Report of the King Institute of Preventive Medicine, Guindy
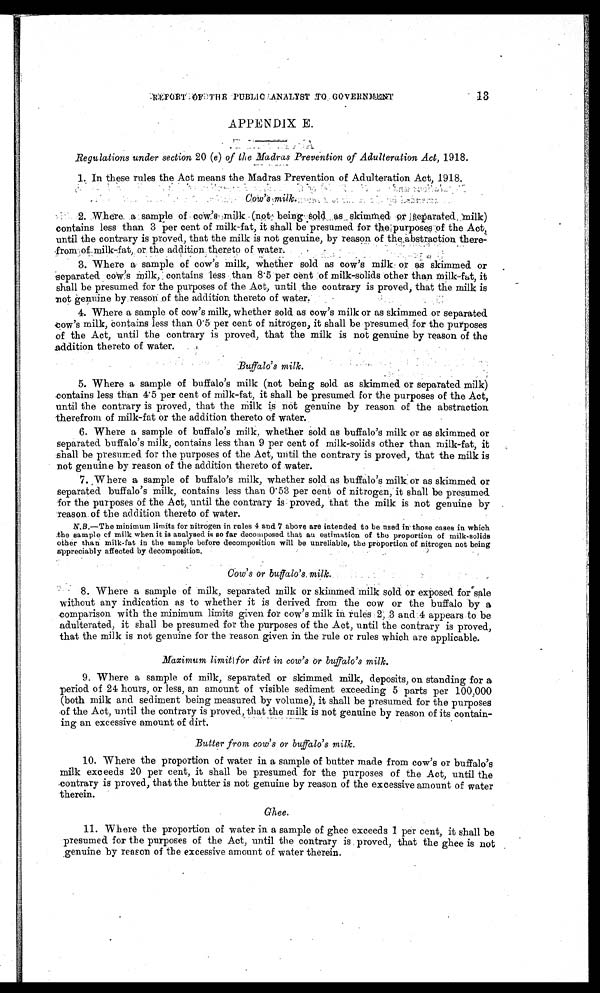
13
REPORT OF PUBLIC ANALYST TO GOVERNMENT
APPENDIX E.
Regulations under section 20 (e) of the Madras Prevention of Adulteration Act, 1918.
1. In these rules the Act means the Madras Prevention of Adulteration Act, 1918.
Cow'
s milk.
2. Where a sample of cow's milk (not being sold as skimmed or separated
milk)
contains less than 3 per cent of milk-fat, it shall be presumed for the purposes of the Act
,
until the contrary is proved, that the milk is not genuine, by reason of the abstraction there
-
from of milk-fat, or the addition thereto of water.
3. Where a sample of cow's milk, whether sold as cow's milk or as skimmed or
separated cow's milk, contains less than 8.5 per cent of milk-solids other than milk-fat, it
shall be presumed for the purposes of the Act, until the contrary is proved, that the milk is
not genuine by reason of the addition thereto of water.
4. Where a sample of cow's milk, whether sold as cow's milk or as skimmed or separated
cow's milk, contains less than 0.5 per cent of nitrogen, it shall be presumed for the purposes
of the Act, until the contrary is proved, that the milk is not genuine by reason of the
addition thereto of water
Buffalo's milk.
5. Where a sample of buffalo 's milk (not being sold as skimmed or separated milk)
contains less than 4.5 per cent of milk-fat, it shall be presumed for the purposes of the Act,
until the contrary is proved, that the milk is not genuine by reason of the abstraction
therefrom of milk-fat or the addition thereto of water.
6. Where a sample of buffalo's milk, whether sold as buffalo's milk or as skimmed or
separated buffalo's milk, contains less than 9 per cent of milk-solids other than milk-fat, i
t
shall be presumed for the purposes of the Act, until the contrary is proved, that the milk is
not genuine by reason of the addition thereto of water.
7. Where a sample of buffalo's milk, whether sold as buffalo's milk or as skimmed or
separated buffalo's milk, contains less than 0.53 per cent of nitrogen, it shall be presumed
for the purposes of the Act, until the contrary is proved, that the milk is not genuine by
reason of the addition thereto of water.
N.B. —The minimum limits for nitrogen in rules 4 and 7 above are intended to be used in those cases in which
the sample of milk when it is analysed is so far decomposed that an estimation of the proportion of milk-solids
other than milk-fat in the sample before decomposition will be unreliable, the proportion of nitrogen not being
appreciably affected by decomposition.
Cow's or buffalo's milk.
8. Where a sample of milk, separated milk or skimmed milk sold or exposed for sale
without any indication as to whether it is derived from the cow or the buffalo by a
comparison with the minimum limits given for cow's milk rules 2, 3 and 4 appears to be
adulterated, it shall be presumed for the purposes of the Act, until the contrary is proved,
that the milk is not genuine for the reason given in the rule or rules which are applicable.
Maximum limit for dirt in cow's or buffalo's milk.
9. Where a sample of milk, separated or skimmed milk, deposits, on standing for a
period of 24 hours, or less, an amount of visible sediment exceeding 5 parts per 100,000
(both milk and sediment being measured by volume), it shall be presumed for the purposes
of the Act, until the contrary is proved, that the milk is not genuine by reason of its contain
-
ing an excessive amount of dirt.
Butter from cow's or buffalo's milk.
10. Where the proportion of water in a sample of butter made from cow's or buffalo's
milk exceeds 20 per cent, it shall be presumed for the purposes of the Act, until the
contrary is proved, that the butter is not genuine by reason of the excessive amount of water
therein.
Ghee.
11. Where the proportion of water in a sample of ghee exceeds 1 per cent, it shall be
presumed for the purposes of the Act, until the contrary is proved, that the ghee is not
genuine by reason of the excessive amount of water therein.